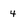
Character: 4